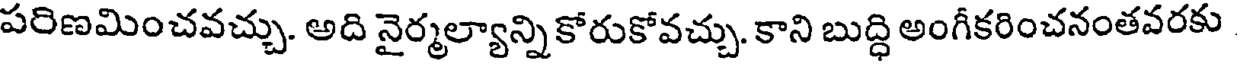
పరిణమించవచ్చు. అది నైర్మల్యాన్నికోరుకోవచ్చు. కాని బుద్ధి అంగీకరించనంతవరకు